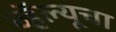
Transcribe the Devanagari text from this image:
व्हॅल्यूचा